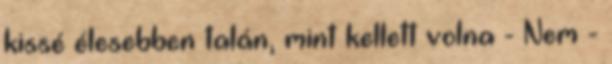
kissé élesebben talán, mint kellett volna - Nem -